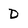
Character: D